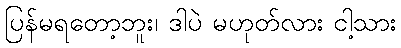
ပြန်မရတော့ဘူး၊ ဒါပဲ မဟုတ်လား ငါ့သား